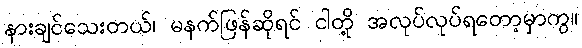
နားချင်သေးတယ်၊ မနက်ဖြန်ဆိုရင် ငါတို့ အလုပ်လုပ်ရတော့မှာကွ။